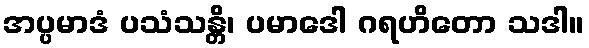
အပ္ပမာဒံ ပသံသန္တိ၊ ပမာဒေါ ဂရဟိတော သဒါ။